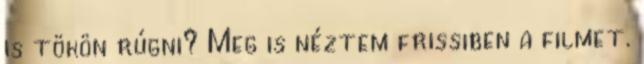
is tökön rúgni? Meg is néztem frissiben a filmet.